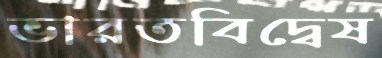
ভারতবিদ্বেষ